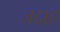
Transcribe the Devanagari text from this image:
जद्दाह